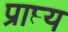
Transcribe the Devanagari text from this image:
प्राप्त्य